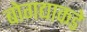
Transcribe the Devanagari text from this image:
बोगद्याकडे